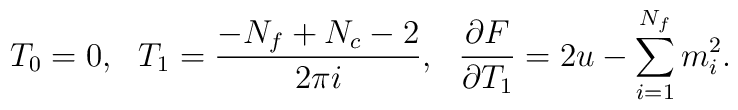
T_0=0, \ \ T_1=\frac{-N_f+N_c-2}{2\pi i}, \ \ \frac{\partial F}{\partial T_1}= 2u-\sum_{i=1}^{N_f} m_i^2.